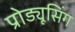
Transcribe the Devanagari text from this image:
प्रोड्यूसिंग